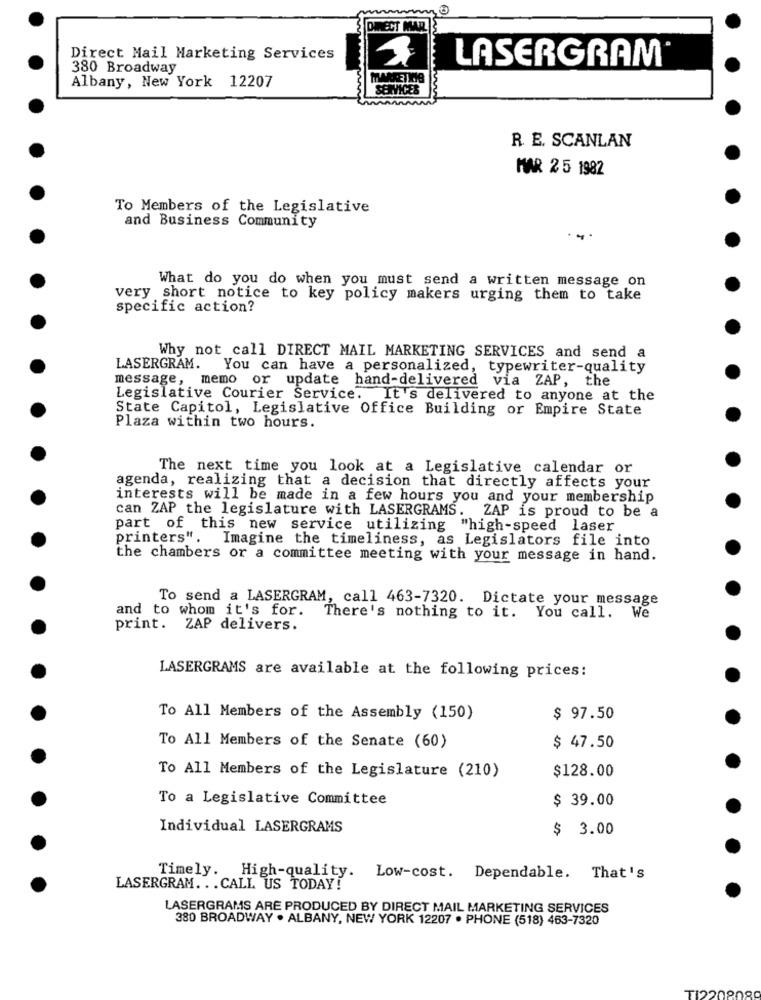
Direct Mail Marketing Services
380 Broadway
LASERGRAM
Albany, New York 12207
SERVICES
R. E. SCANLAN
MAR 25 1982
To Members of the Legislative
and Business Community
What do you do when you must send a written message on
very short notice to key policy makers urging them to take
specific action?
Why not call DIRECT MAIL MARKETING SERVICES and send a
LASERGRAM.
You can have a personalized, typewriter-quality
message, memo or update hand-delivered via ZAP, the
Legislative Courier Service. It's delivered to anyone at the
State Capitol, Legislative Office Building or Empire State
Plaza within two hours.
The next time you look at a Legislative calendar or
agenda, realizing that a decision that directly affects your
interests will be made in a few hours you and your membership
can ZAP the legislature with LASERGRAMS.
ZAP is proud to be a
part of this new service utilizing "high-speed laser
printers". Imagine the timeliness, as Legislators file into
the chambers or a committee meeting with your message in hand.
To send a LASERGRAM, call 463-7320. Dictate your message
and to whom it's for.
There's nothing to it. You call. We
print. ZAP delivers.
LASERGRAMS are available at the following prices:
To All Members of the Assembly (150)
$ 97.50
To All Members of the Senate (60)
$ 47.50
$128.00
To All Members of the Legislature (210)
To a Legislative Committee
$ 39.00
Individual LASERGRAMS
$ 3.00
Timely. High-quality.
Low-cost. Dependable. That's
LASERGRAM ... CALL US TODAY!
LASERGRAMS ARE PRODUCED BY DIRECT MAIL MARKETING SERVICES
380 BROADWAY . ALBANY, NEW YORK 12207 . PHONE (518) 463-7320